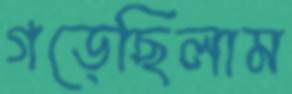
গড়েছিলাম